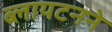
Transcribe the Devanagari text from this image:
ब्लायटनने